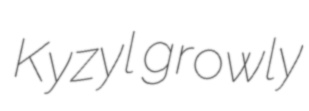
Kyzyl growly